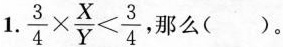
1.$$\frac{3}{4}\times \frac{X}{Y}< \frac{3}{4}$$ ,那么( ).